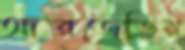
আরজেডির